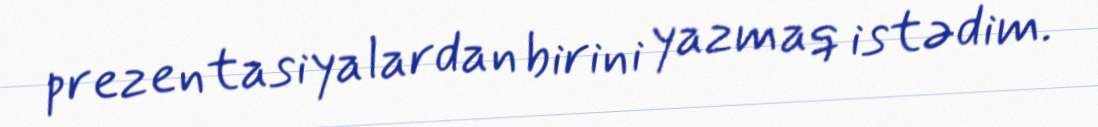
prezentasiyalardan birini yazmaq istədim.